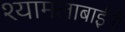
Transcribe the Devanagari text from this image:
श्यामलाबाईंनी